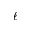
\ell